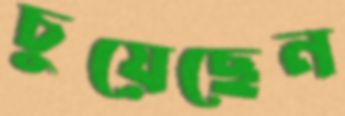
চুয়েছেন